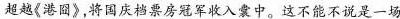
超越《港图》将国庆档票房冠军收入裳中。这不能不说是一场